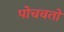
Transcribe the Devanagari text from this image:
पोचवतो